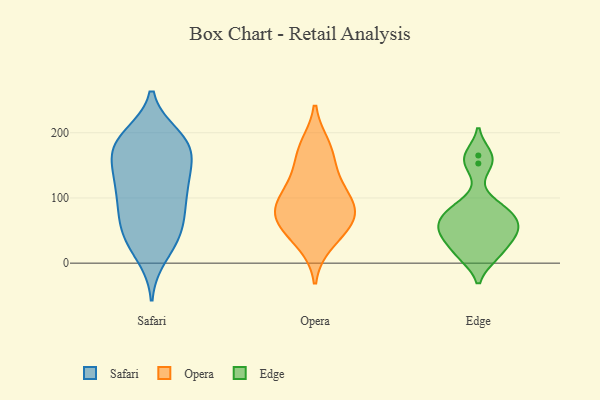
{"axis": {"x": "Bounce Rate (%)", "y": "Value"}, "legend": ["Edge", "Opera", "Safari"], "data": [{"x": "", "y": 12, "type": "Safari"}, {"x": "", "y": 188, "type": "Safari"}, {"x": "", "y": 38, "type": "Safari"}, {"x": "", "y": 177, "type": "Safari"}, {"x": "", "y": 128, "type": "Safari"}, {"x": "", "y": 87, "type": "Safari"}, {"x": "", "y": 37, "type": "Safari"}, {"x": "", "y": 128, "type": "Safari"}, {"x": "", "y": 167, "type": "Safari"}, {"x": "", "y": 38, "type": "Safari"}, {"x": "", "y": 120, "type": "Safari"}, {"x": "", "y": 177, "type": "Safari"}, {"x": "", "y": 73, "type": "Safari"}, {"x": "", "y": 186, "type": "Safari"}, {"x": "", "y": 181, "type": "Safari"}, {"x": "", "y": 64, "type": "Safari"}, {"x": "", "y": 83, "type": "Safari"}, {"x": "", "y": 142, "type": "Safari"}, {"x": "", "y": 194, "type": "Safari"}, {"x": "", "y": 116, "type": "Safari"}, {"x": "", "y": 31, "type": "Opera"}, {"x": "", "y": 179, "type": "Opera"}, {"x": "", "y": 55, "type": "Opera"}, {"x": "", "y": 84, "type": "Opera"}, {"x": "", "y": 87, "type": "Opera"}, {"x": "", "y": 75, "type": "Opera"}, {"x": "", "y": 127, "type": "Opera"}, {"x": "", "y": 167, "type": "Opera"}, {"x": "", "y": 112, "type": "Opera"}, {"x": "", "y": 64, "type": "Opera"}, {"x": "", "y": 11, "type": "Edge"}, {"x": "", "y": 87, "type": "Edge"}, {"x": "", "y": 72, "type": "Edge"}, {"x": "", "y": 153, "type": "Edge"}, {"x": "", "y": 165, "type": "Edge"}, {"x": "", "y": 47, "type": "Edge"}, {"x": "", "y": 13, "type": "Edge"}, {"x": "", "y": 45, "type": "Edge"}, {"x": "", "y": 79, "type": "Edge"}, {"x": "", "y": 60, "type": "Edge"}, {"x": "", "y": 41, "type": "Edge"}]}